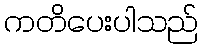
ကတိပေးပါသည်